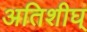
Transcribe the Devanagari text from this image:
अतिशीघ्